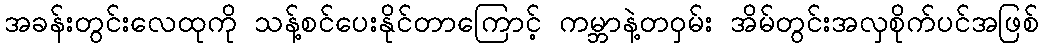
အခန်းတွင်းလေထုကို သန့်စင်ပေးနိုင်တာကြောင့် ကမ္ဘာနဲ့တဝှမ်း အိမ်တွင်းအလှစိုက်ပင်အဖြစ်